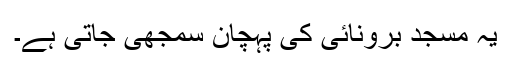
یہ مسجد برونائی کی پہچان سمجھی جاتی ہے۔